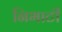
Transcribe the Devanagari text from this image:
निभाटी